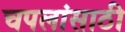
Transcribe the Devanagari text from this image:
चपलांसाठी